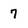
Character: 7